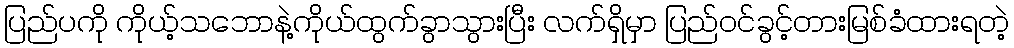
ပြည်ပကို ကိုယ့်သဘောနဲ့ကိုယ်ထွက်ခွာသွားပြီး လက်ရှိမှာ ပြည်ဝင်ခွင့်တားမြစ်ခံထားရတဲ့